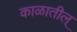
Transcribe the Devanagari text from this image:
काळातील्